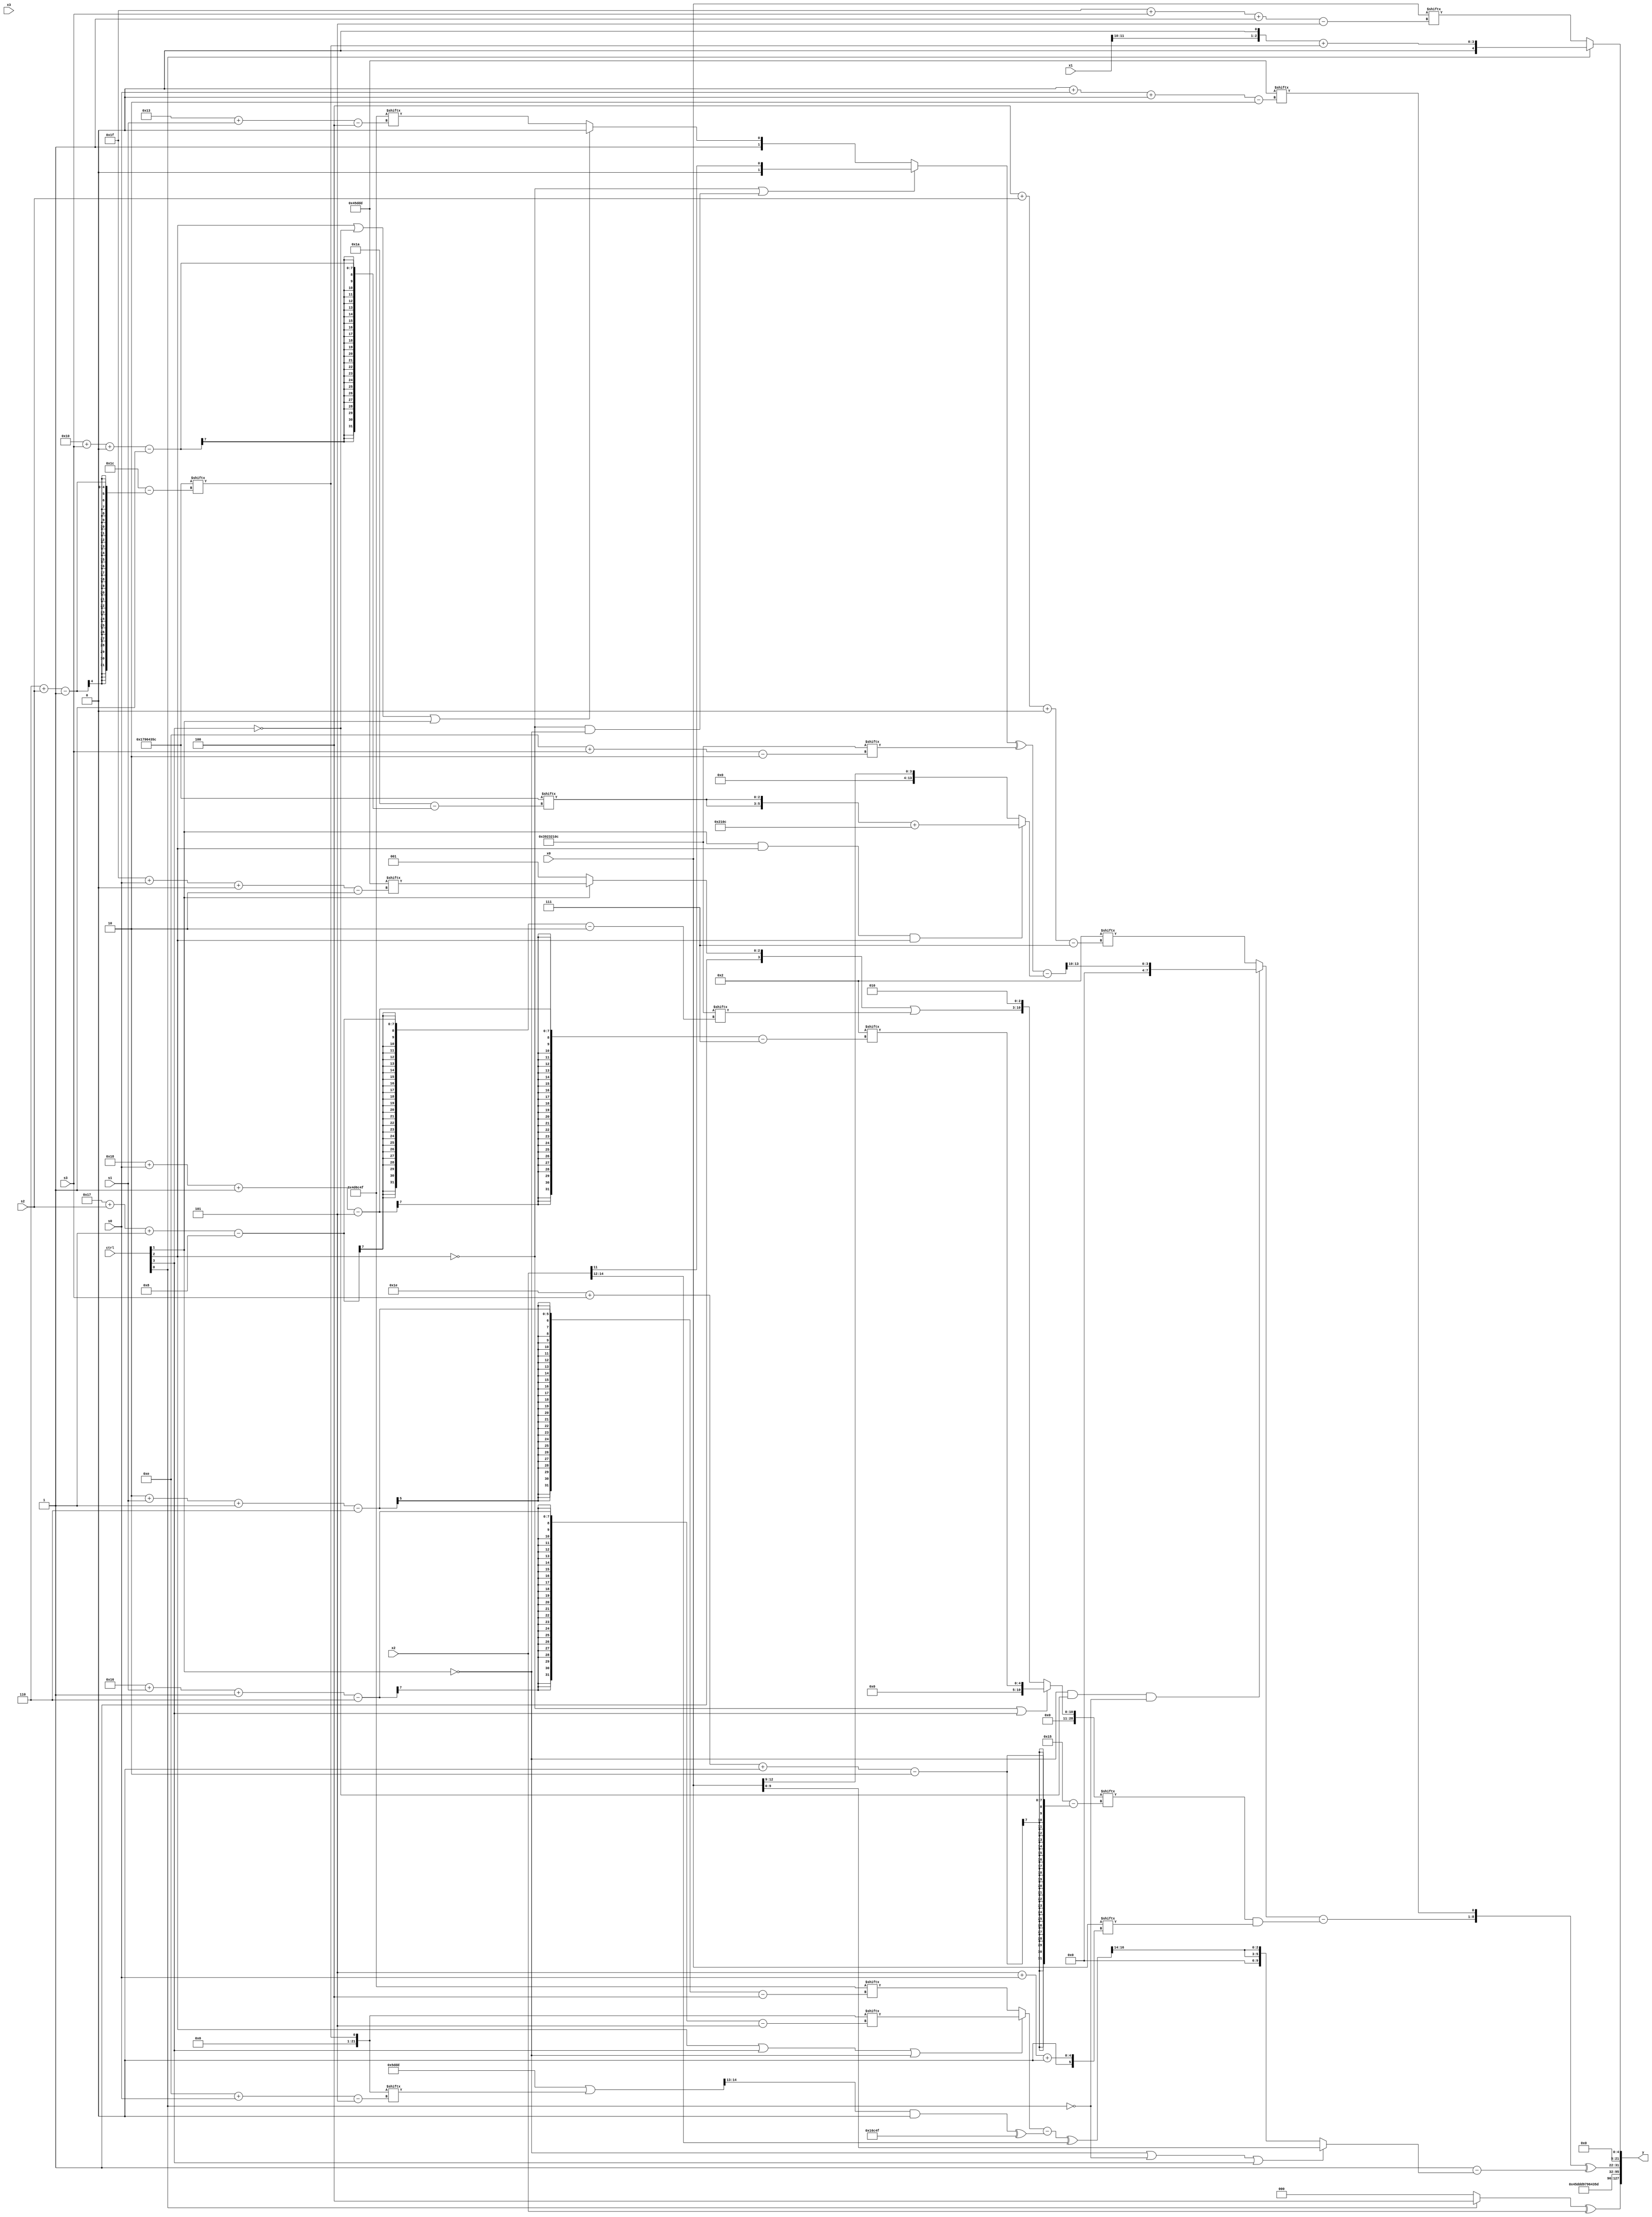
module partsel_00286(ctrl, s0, s1, s2, s3, x0, x1, x2, x3, y);
  input [3:0] ctrl;
  input [2:0] s0;
  input [2:0] s1;
  input [2:0] s2;
  input [2:0] s3;
  input [31:0] x0;
  input signed [31:0] x1;
  input [31:0] x2;
  input [31:0] x3;
  wire [26:5] x4;
  wire signed [0:31] x5;
  wire signed [24:7] x6;
  wire signed [25:1] x7;
  wire signed [24:1] x8;
  wire [2:30] x9;
  wire [4:29] x10;
  wire [4:27] x11;
  wire signed [29:5] x12;
  wire [6:26] x13;
  wire [2:27] x14;
  wire [26:5] x15;
  output [127:0] y;
  wire signed [31:0] y0;
  wire [31:0] y1;
  wire [31:0] y2;
  wire [31:0] y3;
  assign y = {y0,y1,y2,y3};
  localparam [27:4] p0 = 307063887;
  localparam [1:29] p1 = 932594524;
  localparam signed [31:2] p2 = 958603532;
  localparam signed [24:2] p3 = 847535581;
  assign x4 = p1[6 + s2];
  assign x5 = p3[13];
  assign x6 = p3[17 -: 3];
  assign x7 = (((!ctrl[2] || !ctrl[2] && !ctrl[1] ? x2[11] : (ctrl[2] || !ctrl[3] || ctrl[1] ? x6 : {p3[9], p0[19 + s1]})) ^ p2[14 + s3]) - (ctrl[1] && ctrl[2] && ctrl[2] ? ({2{p1[16 + s3 +: 3]}} + p2) : x0[12 -: 4]));
  assign x8 = ({x5[11], p3} | x4[14 + s0]);
  assign x9 = (!ctrl[2] || !ctrl[2] || ctrl[3] ? x6[24 + s0 -: 5] : {({p0[10 +: 3], (ctrl[1] || ctrl[2] && !ctrl[2] ? p3[31 + s0 +: 3] : p3[13])} | p2[23 + s2 -: 8]), p0[9 +: 3]});
  assign x10 = (ctrl[0] && !ctrl[0] && ctrl[2] ? p3[18 +: 4] : (((ctrl[2] || ctrl[3] || !ctrl[1] ? x4[22 + s1 -: 6] : p0[2 + s1 -: 6]) - ((x8[14 +: 2] & x4[23]) ^ p0)) ^ x2[14 -: 3]));
  assign x11 = {2{(ctrl[2] && ctrl[0] && ctrl[0] ? p2[6 + s3] : p3)}};
  assign x12 = p1[16 +: 4];
  assign x13 = (!ctrl[0] || !ctrl[2] || ctrl[2] ? ((!ctrl[3] && ctrl[0] && ctrl[2] ? (x2[19 + s2 +: 2] & (!ctrl[2] && ctrl[2] || !ctrl[3] ? (p1[17 + s0 -: 3] | x2[16]) : x1[10 +: 2])) : (p2[11] - (ctrl[2] && !ctrl[2] && ctrl[3] ? p2[10] : p3))) ^ p3[4 + s2 -: 7]) : (ctrl[3] || !ctrl[3] || !ctrl[0] ? p2[15 +: 2] : x8[16 +: 3]));
  assign x14 = (((p3[0 + s1 -: 5] & {2{p3[25 + s3 -: 3]}}) | (x6 - x4[12 -: 4])) & (x5[12 +: 3] | p2[14 + s0 -: 2]));
  assign x15 = (p2[29 + s1 -: 8] | x1[14 +: 4]);
  assign y0 = ((!ctrl[0] || ctrl[0] && !ctrl[0] ? {2{x9[9 +: 2]}} : p1[14 -: 3]) ^ x2);
  assign y1 = p3;
  assign y2 = {p1, (p3[14] | p1)};
  assign y3 = {({((!ctrl[1] && !ctrl[3] && !ctrl[0] ? x7[14 -: 4] : x6[4 + s2 +: 8]) - (x9[30 + s3 +: 8] & x0[5 + s0 +: 2])), p3[0 + s0 +: 1]} ^ (p0[14] - (!ctrl[1] || !ctrl[0] || ctrl[3] ? x0 : {2{x10[15 -: 3]}}))), (ctrl[1] && !ctrl[1] || !ctrl[0] ? x0[31 + s3 -: 5] : ({x1[10 +: 2], p3[15]} + x4))};
endmodule